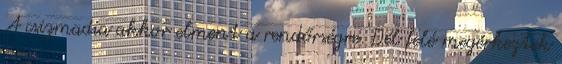
A csizmadia akkor elment a rendőrségre. Dél felé megérkeztek